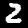
Digit: 2